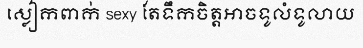
ស្លៀកពាក់ sexy តែទឹកចិត្តអាចទូលំទូលាយ